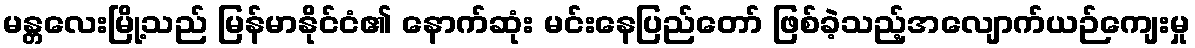
မန္တလေးမြို့သည် မြန်မာနိုင်ငံ၏ နောက်ဆုံး မင်းနေပြည်တော် ဖြစ်ခဲ့သည့်အလျောက်ယဉ်ကျေးမှု